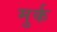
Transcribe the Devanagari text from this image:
मुर्क